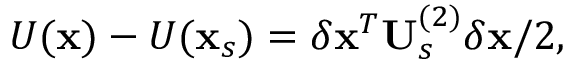
U ( \mathbf { x } ) - U ( \mathbf { x } _ { s } ) = \delta \mathbf { x } ^ { T } \mathbf { U } _ { s } ^ { ( 2 ) } \delta \mathbf { x } / 2 ,